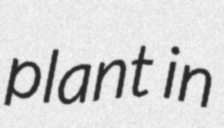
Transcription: plant in